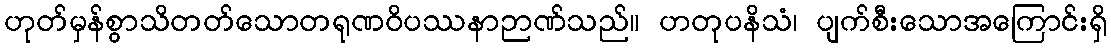
ဟုတ်မှန်စွာသိတတ်သောတရုဏဝိပဿနာဉာဏ်သည်။ ဟတုပနိသံ၊ ပျက်စီးသောအကြောင်းရှိ